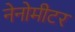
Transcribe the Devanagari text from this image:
नेनोमीटर